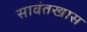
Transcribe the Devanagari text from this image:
सावंतखास